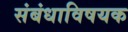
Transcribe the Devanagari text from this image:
संबंधाविषयक